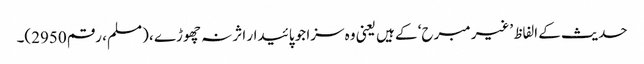
حدیث کے الفاظ ’غیر مبرح‘ کے ہیں یعنی وہ سزا جو پائیدار اثر نہ چھوڑے ، (مسلم، رقم 2950)۔